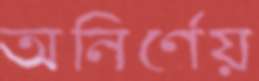
অনির্ণেয়